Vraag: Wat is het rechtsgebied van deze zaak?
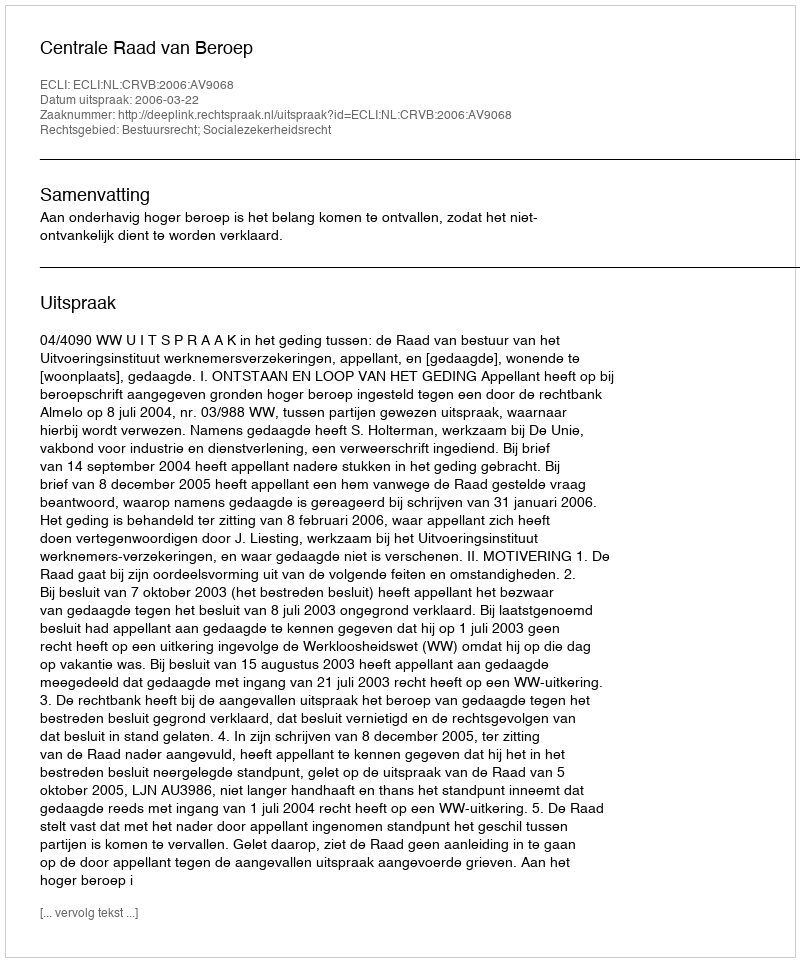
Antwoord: Bestuursrecht; Socialezekerheidsrecht